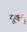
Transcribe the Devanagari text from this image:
यूक्यु